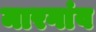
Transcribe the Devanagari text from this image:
मारगांव